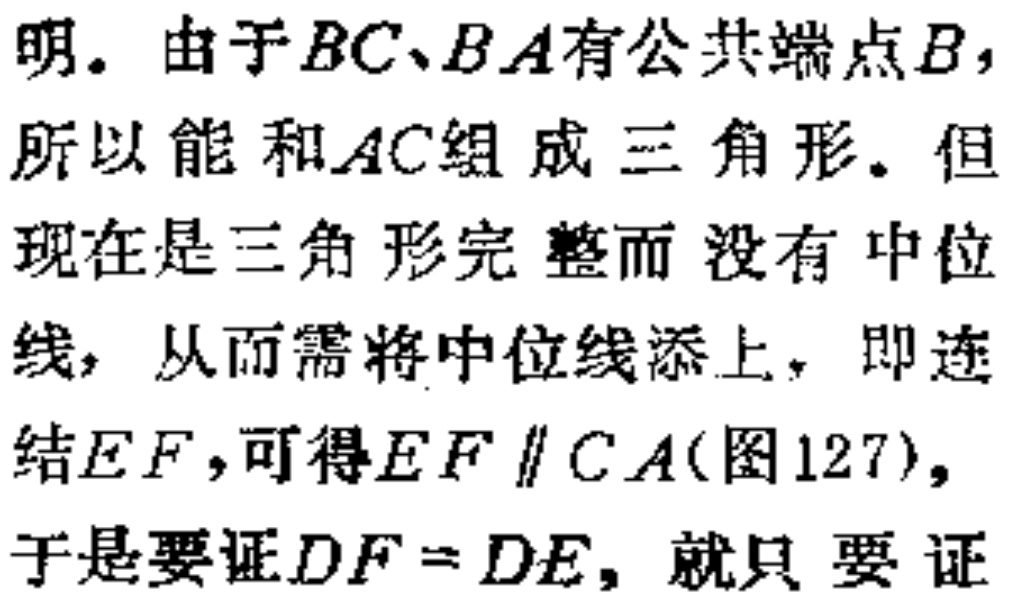
明. 由于$BC、BA$有公共端点$B,$所以能和$AC$组成三角形. 但现在是三角形完整而没有中位线, 从而需将中位线添上, 即连结$EF$,可得$EF\parallel CA$(图127),于是要证$DF = DE$, 就只要证